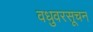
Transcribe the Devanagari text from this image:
वधुवरसूचन